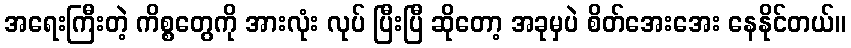
အရေးကြီးတဲ့ ကိစ္စတွေကို အားလုံး လုပ် ပြီးပြီ ဆိုတော့ အခုမှပဲ စိတ်အေးအေး နေနိုင်တယ်။